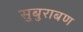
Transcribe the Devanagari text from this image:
सुबुराबण